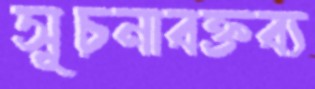
সূচনাবক্তব্য